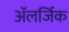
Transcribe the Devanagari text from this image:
अॅलर्जिक